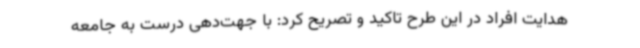
هدایت افراد در این طرح تاکید و تصریح کرد: با جهت‌دهی درست به جامعه